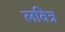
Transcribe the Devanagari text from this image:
लवित्र